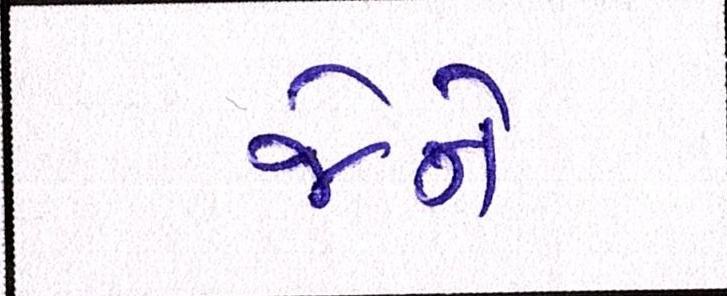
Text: જેને